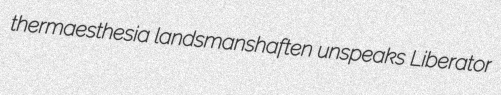
thermaesthesia landsmanshaften unspeaks Liberator